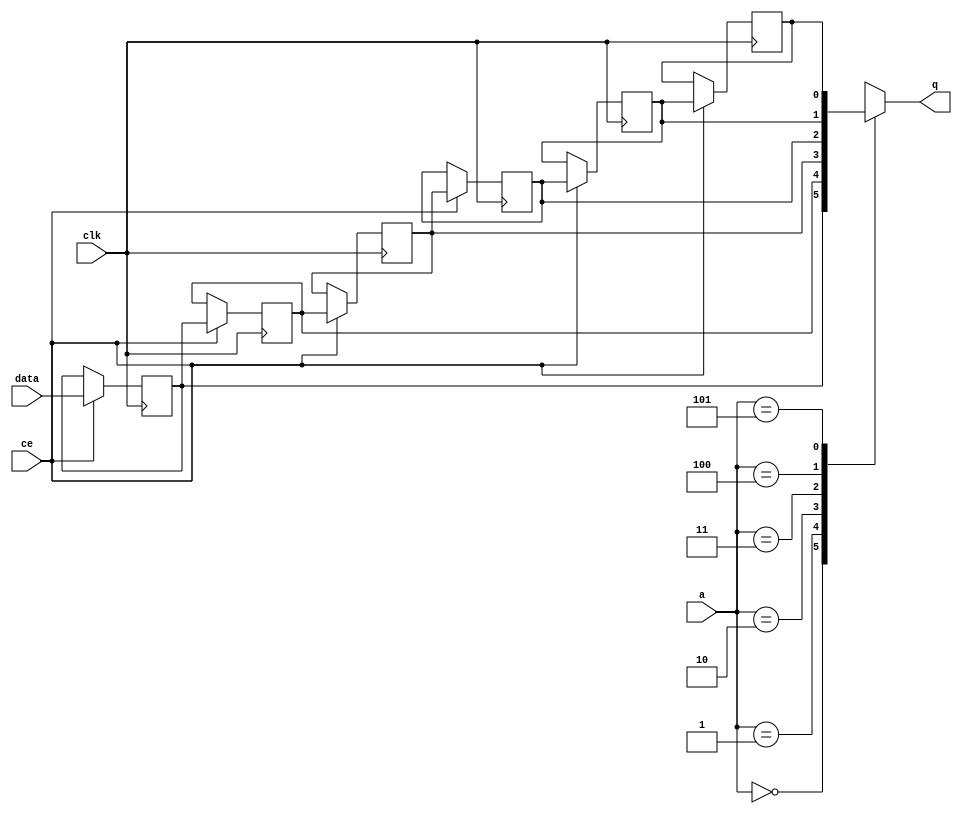
module start_for_Mat2AXIlbW_shiftReg (
    clk,
    data,
    ce,
    a,
    q);

parameter DATA_WIDTH = 32'd1;
parameter ADDR_WIDTH = 32'd3;
parameter DEPTH = 32'd6;

input clk;
input [DATA_WIDTH-1:0] data;
input ce;
input [ADDR_WIDTH-1:0] a;
output [DATA_WIDTH-1:0] q;

reg[DATA_WIDTH-1:0] SRL_SIG [0:DEPTH-1];
integer i;

always @ (posedge clk)
    begin
        if (ce)
        begin
            for (i=0;i<DEPTH-1;i=i+1)
                SRL_SIG[i+1] <= SRL_SIG[i];
            SRL_SIG[0] <= data;
        end
    end

assign q = SRL_SIG[a];

endmodule